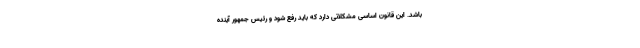
باشد. این قانون اساسی مشکلاتی دارد که باید رفع شود و رئیس جمهور آینده